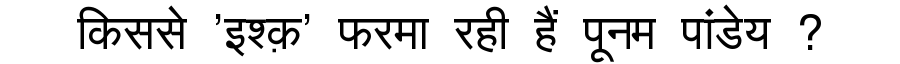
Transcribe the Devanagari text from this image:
किससे 'इश्क़' फरमा रही हैं पूनम पांडेय ?